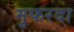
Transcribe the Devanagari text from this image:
मुफरदा